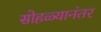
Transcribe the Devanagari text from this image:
सोहळ्यानंतर